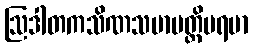
ဩဒါတကသိဏသမာပတ္တိပရမာ